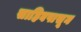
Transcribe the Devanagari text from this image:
साहिबपासून